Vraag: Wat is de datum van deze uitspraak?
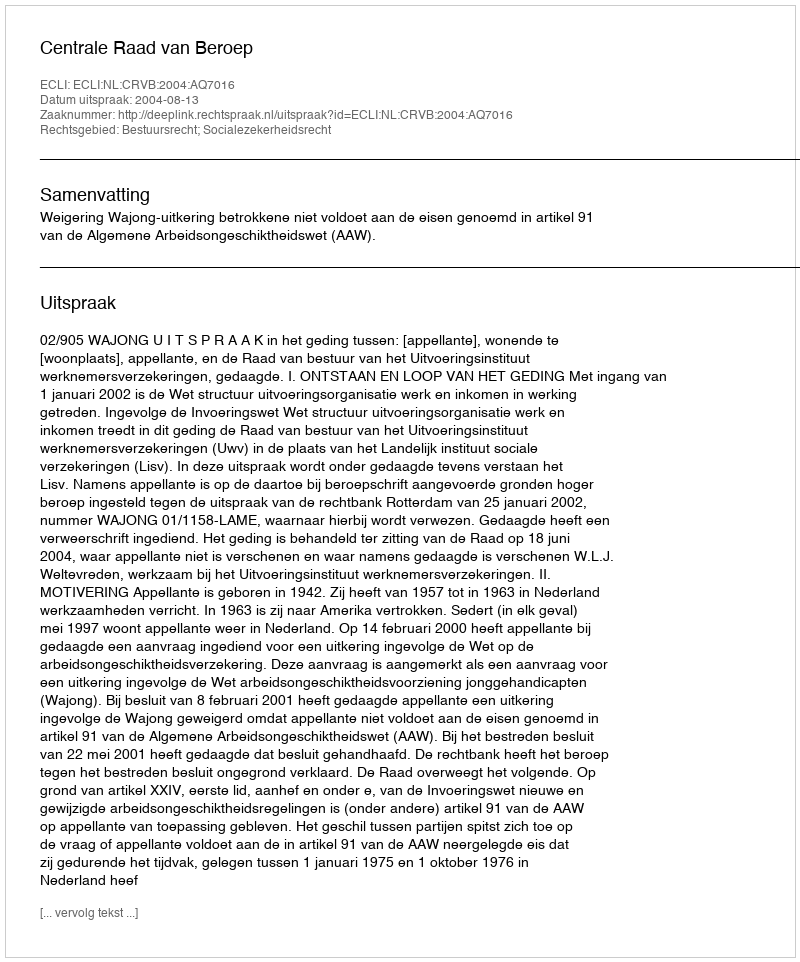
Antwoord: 2004-08-13